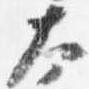
太